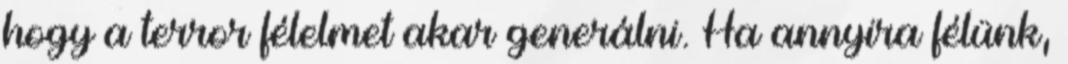
hogy a terror félelmet akar generálni. Ha annyira félünk,